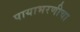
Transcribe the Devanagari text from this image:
पायाभरणीचा